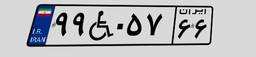
۹۹W۰۵۷۶۶